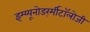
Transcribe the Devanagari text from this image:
इम्य्यूनोडर्र्मीटॉलोजी